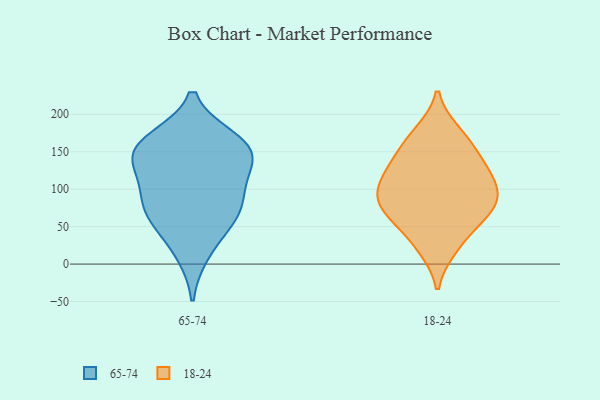
{"axis": {"x": "Latency (ms)", "y": "Value"}, "legend": ["18-24", "65-74"], "data": [{"x": "", "y": 15, "type": "65-74"}, {"x": "", "y": 152, "type": "65-74"}, {"x": "", "y": 149, "type": "65-74"}, {"x": "", "y": 86, "type": "65-74"}, {"x": "", "y": 76, "type": "65-74"}, {"x": "", "y": 53, "type": "65-74"}, {"x": "", "y": 164, "type": "65-74"}, {"x": "", "y": 141, "type": "65-74"}, {"x": "", "y": 129, "type": "65-74"}, {"x": "", "y": 166, "type": "65-74"}, {"x": "", "y": 102, "type": "65-74"}, {"x": "", "y": 65, "type": "65-74"}, {"x": "", "y": 95, "type": "18-24"}, {"x": "", "y": 64, "type": "18-24"}, {"x": "", "y": 25, "type": "18-24"}, {"x": "", "y": 110, "type": "18-24"}, {"x": "", "y": 67, "type": "18-24"}, {"x": "", "y": 173, "type": "18-24"}, {"x": "", "y": 90, "type": "18-24"}, {"x": "", "y": 133, "type": "18-24"}, {"x": "", "y": 58, "type": "18-24"}, {"x": "", "y": 99, "type": "18-24"}, {"x": "", "y": 158, "type": "18-24"}, {"x": "", "y": 21, "type": "18-24"}, {"x": "", "y": 136, "type": "18-24"}, {"x": "", "y": 111, "type": "18-24"}, {"x": "", "y": 134, "type": "18-24"}, {"x": "", "y": 176, "type": "18-24"}, {"x": "", "y": 70, "type": "18-24"}, {"x": "", "y": 85, "type": "18-24"}]}